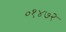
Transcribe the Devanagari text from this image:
०१४७२